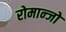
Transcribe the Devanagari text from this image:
रोमान्जो